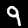
Label: 9